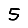
Digit: 5